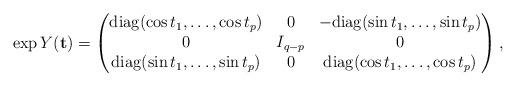
LaTeX: \begin{align*}\exp Y (\mathbf{t}) = \begin{pmatrix}\mathrm{diag} (\cos t_1, \dotsc, \cos t_p) & 0 & - \mathrm{diag} (\sin t_1, \dotsc, \sin t_p)\\0 & I_{q - p} & 0\\\mathrm{diag} (\sin t_1, \dotsc, \sin t_p) & 0 & \mathrm{diag} (\cos t_1, \dotsc, \cos t_p)\end{pmatrix},\end{align*}